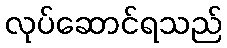
လုပ်ဆောင်ရသည်